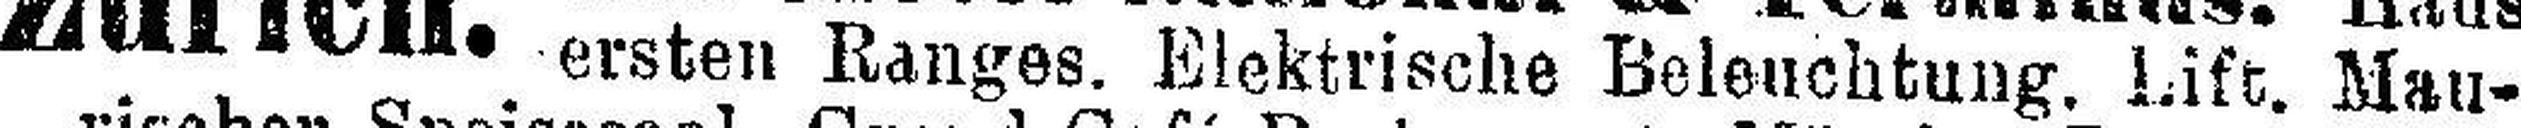
ersten Ranges. Elektrische Beleuchtung. Lift. Mau¬